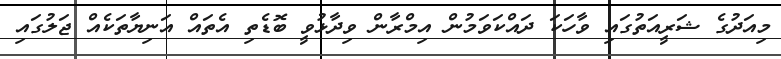
މިއަދުގެ ޝަރީއަތުގައި ވާހަކަ ދައްކަވަމުން އިމްރާން ވިދާޅުވީ ބޮޑެތި އެތައް އަނިޔާތަކެއް ޖަލުގައި